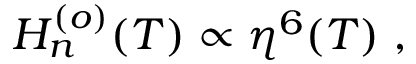
H _ { n } ^ { ( o ) } ( T ) \propto \eta ^ { 6 } ( T ) \; ,